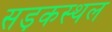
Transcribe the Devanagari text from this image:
सड़कस्थल